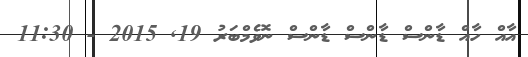
އާއް ހާއް ޑާންސް ޑާންސް ޑާންސް ނޮވެމްބަރު 19